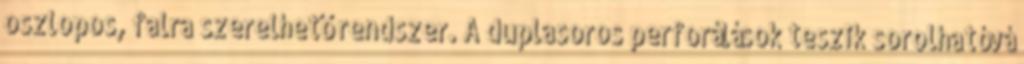
oszlopos, falra szerelhető rendszer. A duplasoros perforálások teszik sorolhatóvá